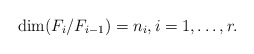
\begin{gather*} \dim (F_i / F_{i-1})=n_i, i=1,\ldots, r.\end{gather*}